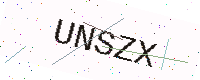
Text: UNSZX